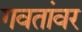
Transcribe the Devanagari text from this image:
गवतांवर